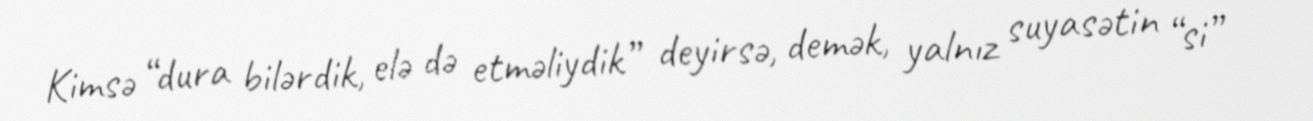
Kimsə “dura bilərdik, elə də etməliydik” deyirsə, demək, yalnız suyasətin “si”